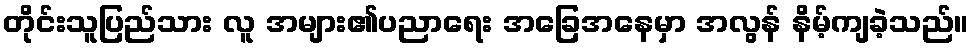
တိုင်းသူပြည်သား လူ အများ၏ပညာရေး အခြေအနေမှာ အလွန် နိမ့်ကျခဲ့သည်။